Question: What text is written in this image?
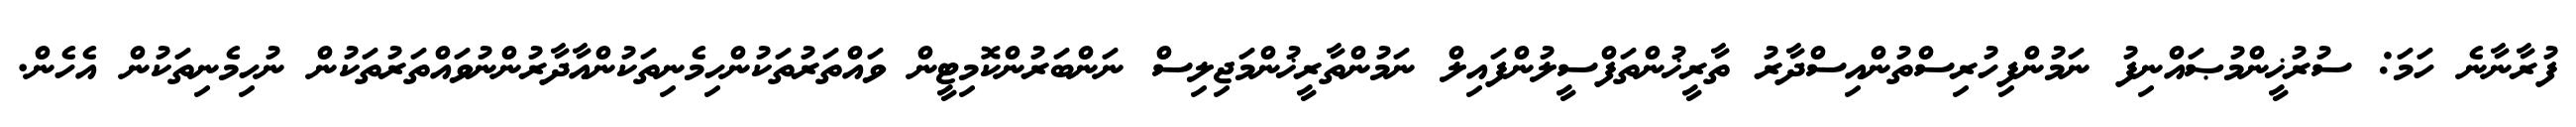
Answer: ފުރާނާނެ ހަމަ: ސުރުޚީންމުޞައްނިފު ނަމުންފިހުރިސްތުންއިސްދާރު ތާރީޚުންތަފްސީލުންފައިލް ނަމުންތާރީޚުންމަޖިލިސް ނަންބަރުންކޮމިޓީން ވައްތަރުތަކުންހިމެނިތަކުންއާދާރުންނުވައްތަރުތަކުން ނުހިމެނިތަކުން އެހެން.